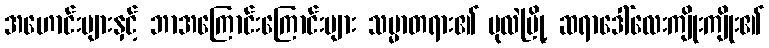
အဟောင်းများနှင့် ဘာအကြောင်းကြောင်းများ သမ္မာတရား၏ ပုလဲမြို့ ဆရာဒေါ်လေးကျိုးကျိုး၏